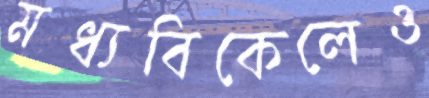
মধ্যবিকেলেও